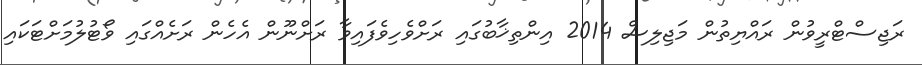
ރަޖިސްޓްރީވުން ރައްޔިތުން މަޖިލިސް 2014 އިންތިޚާބުގައި ރަށްވެހިވެފައިވާ ރަށްނޫން އެހެން ރަށެއްގައި ވޯޓުލުމަށްޓަކައި